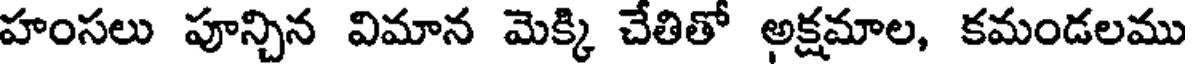
హంసలు పూన్చిన విమాన మెక్కి చేతితో అక్షమాల, కమండలము